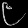
Digit: ၉